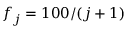
f _ { j } = 1 0 0 / ( j + 1 )